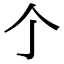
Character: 𠆤